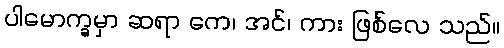
ပါမောက္ခမှာ ဆရာ ကေ၊ အင်၊ ကား ဖြစ်လေ သည်။